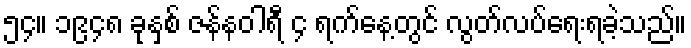
၅၄။ ၁၉၄၈ ခုနှစ် ဇန်နဝါရီ ၄ ရက်နေ့တွင် လွတ်လပ်ရေးရခဲ့သည်။